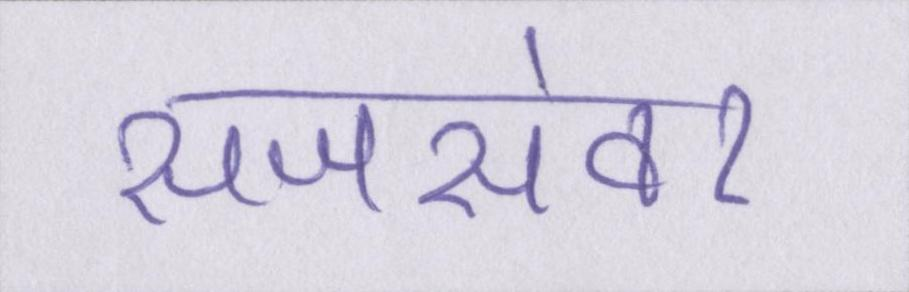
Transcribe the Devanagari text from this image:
सजसंवर